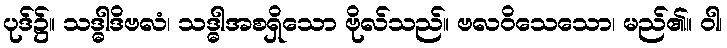
ပုဒ်၌။ သဒ္ဓါဒိဗလံ၊ သဒ္ဓါအစရှိသော ဗိုလ်သည်။ ဗလဝိသေသော၊ မည်၏။ ဝါ၊